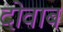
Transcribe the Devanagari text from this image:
दोवाब